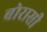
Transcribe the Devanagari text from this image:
बोरासी